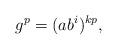
LaTeX: \begin{align*}g^p=(ab^i)^{kp},\end{align*}